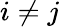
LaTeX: i\ne j